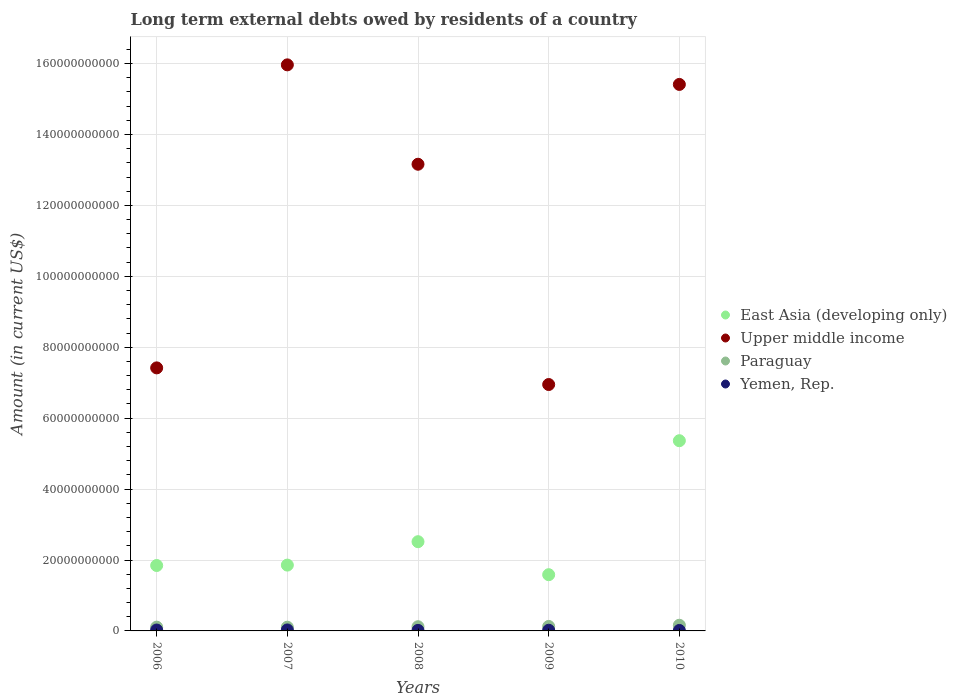
| Years | East Asia (developing only) | Upper middle income | Paraguay | Yemen, Rep. |
 | --- | --- | --- | --- | --- |
 | 2006 | 1.84e+10 | 7.42e+10 | 1.06e+09 | 2.52e+08 |
 | 2007 | 1.86e+10 | 1.6e+11 | 1.05e+09 | 2.77e+08 |
 | 2008 | 2.52e+10 | 1.32e+11 | 1.18e+09 | 1.51e+08 |
 | 2009 | 1.59e+10 | 6.95e+10 | 1.26e+09 | 1.92e+08 |
 | 2010 | 5.36e+10 | 1.54e+11 | 1.6e+09 | 1.32e+08 |